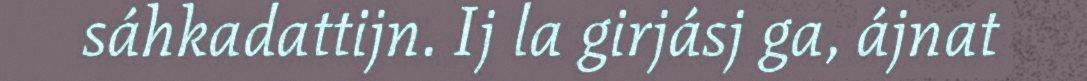
sáhkadattijn. Ij la girjásj ga, ájnat